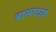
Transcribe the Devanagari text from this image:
बासष्टावे